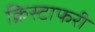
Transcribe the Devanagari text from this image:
क्रिस्टाफरी